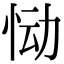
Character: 恸